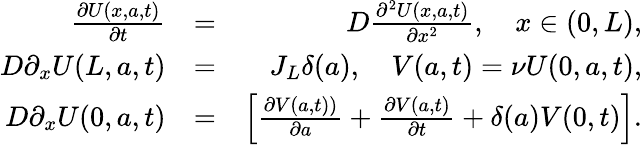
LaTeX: \begin{array}{rlr}{\frac{\partial U(x,a,t)}{\partial t}}&{=}&{D\frac{\partial^{2}U(x,a,t)}{\partial x^{2}},\quad x\in(0,L),}\\ {D\partial_{x}U(L,a,t)}&{=}&{J_{L}\delta(a),\quad V(a,t)=\nu U(0,a,t),}\\ {D\partial_{x}U(0,a,t)}&{=}&{\left[\frac{\partial V(a,t))}{\partial a}+\frac{\partial V(a,t)}{\partial t}+\delta(a)V(0,t)\right].}\end{array}